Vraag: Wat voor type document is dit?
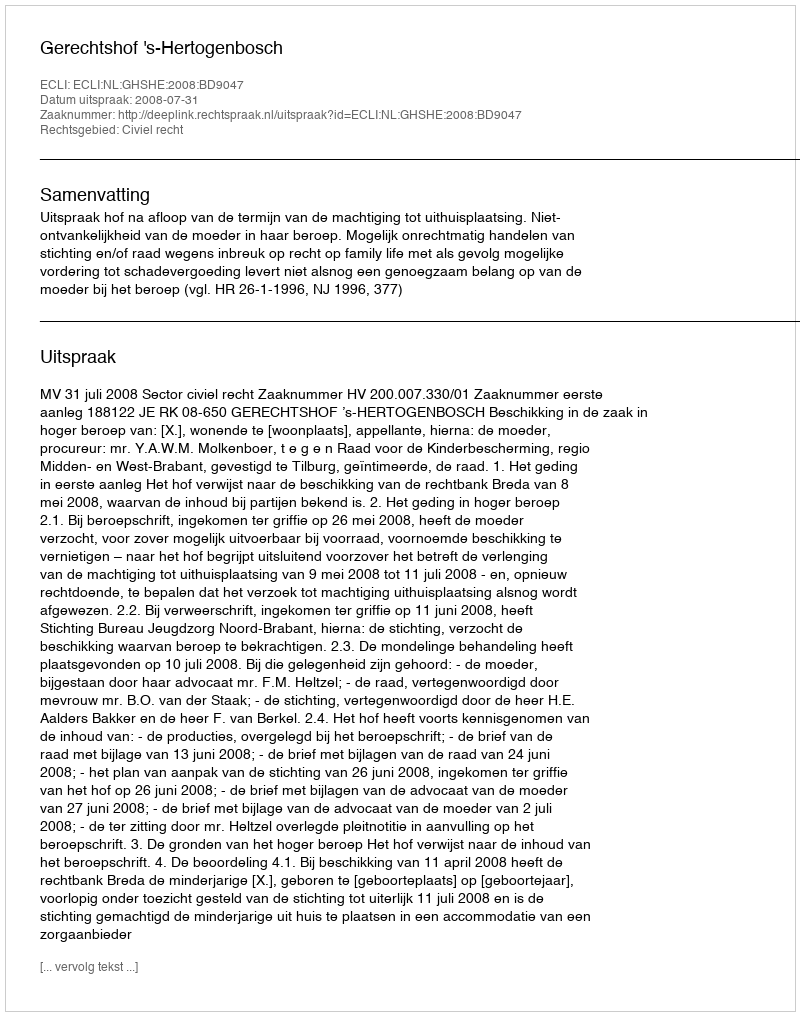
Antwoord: Uitspraak